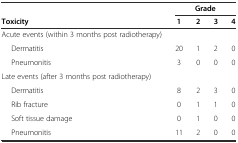
|  | <COLSPAN=4> Grade |
 | Toxicity | 1 | 2 | 3 | 4 |
 | --- | --- | --- | --- | --- |
 | Acute events (within 3 months post radiotherapy) |  |  |  |  |
 | Dermatitis | 20 | 1 | 2 | 0 |
 | Pneumonitis | 3 | 0 | 0 | 0 |
 | Late events (after 3 months post radiotherapy) |  |  |  |  |
 | Dermatitis | 8 | 2 | 3 | 0 |
 | Rib fracture | 0 | 1 | 1 | 0 |
 | Soft tissue damage | 0 | 1 | 0 | 0 |
 | Pneumonitis | 11 | 2 | 0 | 0 |